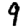
Digit: 9